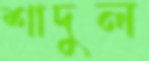
শাদুল